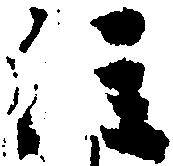
注